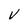
Character: v